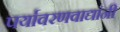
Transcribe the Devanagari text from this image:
पर्यावरणवाद्यांनी